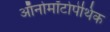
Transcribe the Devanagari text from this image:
ऑनोमॉटोपेथिक